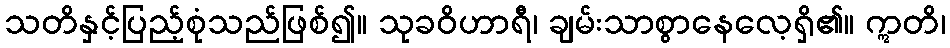
သတိနှင့်ပြည့်စုံသည်ဖြစ်၍။ သုခဝိဟာရီ၊ ချမ်းသာစွာနေလေ့ရှိ၏။ ဣတိ၊